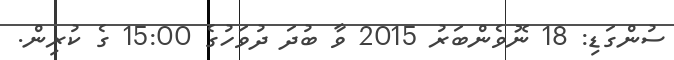
ސުންގަޑި: 18 ނޮވެންބަރު 2015 ވާ ބުދަ ދުވަހުގެ 15:00 ގެ ކުރިން.